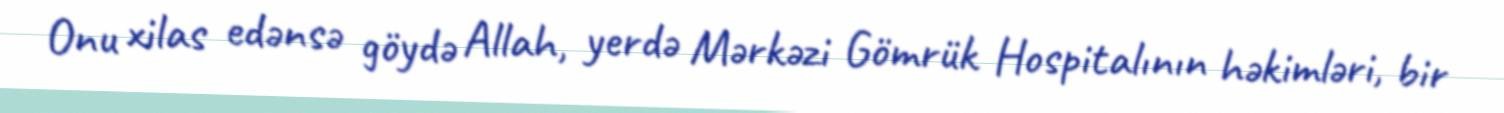
Onu xilas edənsə göydə Allah, yerdə Mərkəzi Gömrük Hospitalının həkimləri, bir